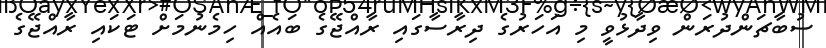
ސުބާޗަންދުރަން ވިދާޅުވީ މި އަހަރުގެ ދިރާސާގައި ރާއްޖޭގެ ބައެއް ހިމެނުމަށް ޓަކައި ރާއްޖޭގެ